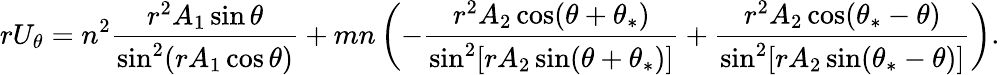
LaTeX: rU_{\theta}=n^{2}\frac{r^{2}A_{1}\sin\theta}{\sin^{2}(rA_{1}\cos\theta)}+mn\left(-\frac{r^{2}A_{2}\cos(\theta+\theta_{*})}{\sin^{2}[rA_{2}\sin(\theta+\theta_{*})]}+\frac{r^{2}A_{2}\cos(\theta_{*}-\theta)}{\sin^{2}[rA_{2}\sin(\theta_{*}-\theta)]}\right).